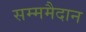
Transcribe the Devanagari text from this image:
सम्ममैदान